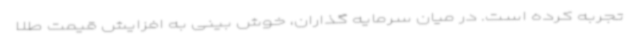
تجربه کرده است. در میان سرمایه گذاران، خوش بینی به افزایش قیمت طلا